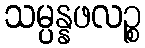
သမ္ပန္နဖလဉ္စ